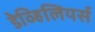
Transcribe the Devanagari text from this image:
डेव्हिलियर्स